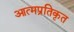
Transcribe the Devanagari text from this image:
आत्मप्रतिकृत